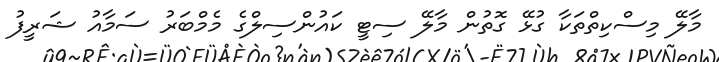
މާލޭ މިސްކިތްތަކާ ގުޅޭ ގޮތުން މާލޭ ސިޓީ ކައުންސިލްގެ މެމްބަރު ސަމާއު ޝަރީފު